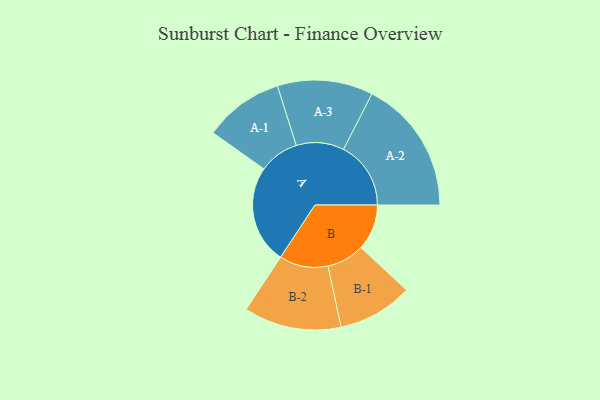
{"axis": {"x": "Segment", "y": "Value"}, "legend": ["", "A", "B"], "data": [{"x": "A", "y": 422, "type": ""}, {"x": "B", "y": 197, "type": ""}, {"x": "A-1", "y": 171, "type": "A"}, {"x": "A-2", "y": 289, "type": "A"}, {"x": "A-3", "y": 205, "type": "A"}, {"x": "B-1", "y": 161, "type": "B"}, {"x": "B-2", "y": 209, "type": "B"}]}